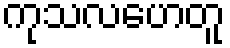
ကုသလဟေတူ